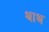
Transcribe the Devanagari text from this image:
थाथ